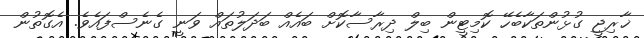
ޚާރިޖީ ގުޅުންތަކާބެހޭ ކޮމިޓީން ބިލް ދިރާސާކޮށް ބައެއް ބަދަލުތައް ވަނީ ގެނެސްފައެވެ. އެގޮތުން